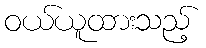
ဝယ်ယူထားသည့်